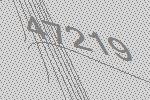
47219